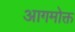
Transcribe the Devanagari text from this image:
आगमोक्त